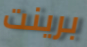
برينت